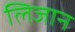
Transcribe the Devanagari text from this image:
लिजान